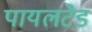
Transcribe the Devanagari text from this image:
पायलटेड